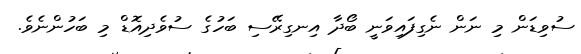
ސުވިޑަން މި ނަން ނެގިފައިވަނީ ބޯދާ އިނގިރޭސި ބަހުގެ ސުވެދިއޮޑް މި ބަހުންނެވެ.